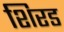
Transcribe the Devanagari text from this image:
शिरड